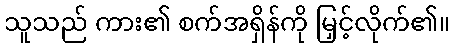
သူသည် ကား၏ စက်အရှိန်ကို မြှင့်လိုက်၏။